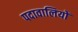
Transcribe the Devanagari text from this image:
पदावालियों